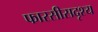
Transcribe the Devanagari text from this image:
फारसीसदृश्य